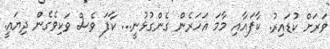
ވަރަށް ކުޑައިރު. ކާފައާއި މާމަ އަހަރެން ގެންގުޅުނީ... ކާފަ ވެސް ވަކިވެގެން ދިޔައީ.